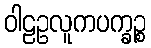
ဝါဠဥလူကပက္ခဉ္စ